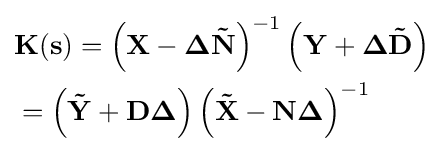
{\begin{aligned}&\mathbf {K(s)} ={{\left(\mathbf {X} -\mathbf {\Delta {\tilde {N}}} \right)}^{-1}}\left(\mathbf {Y} +\mathbf {\Delta {\tilde {D}}} \right)\\&=\left(\mathbf {\tilde {Y}} +\mathbf {D\Delta } \right){{\left(\mathbf {\tilde {X}} -\mathbf {N\Delta } \right)}^{-1}}\end{aligned}}